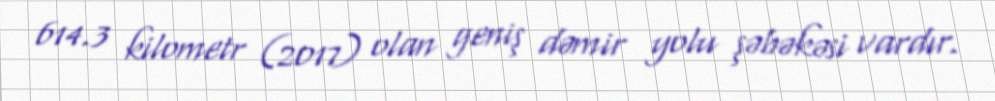
614.3 kilometr (2017) olan geniş dəmir yolu şəbəkəsi vardır.